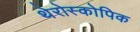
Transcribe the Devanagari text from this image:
थेरोस्कोपिक